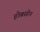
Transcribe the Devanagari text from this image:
होबसोन